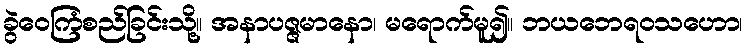
ခွဲဝေကြံစည်ခြင်းသို့။ အနာပဇ္ဇမာနော၊ မရောက်မူ၍။ ဘယဘေရဝသဟော၊